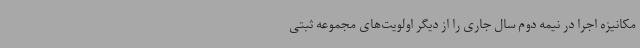
مکانیزه اجرا در نیمه دوم سال جاری را از دیگر اولویت‌های مجموعه ثبتی